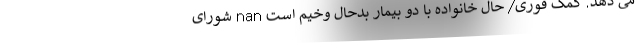
می دهد. کمک فوری/ حال خانواده با دو بیمار بدحال وخیم است nan شورای